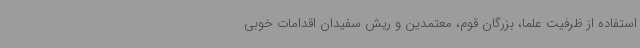
استفاده از ظرفیت علما، بزرگان قوم، معتمدین و ریش سفیدان اقدامات خوبی